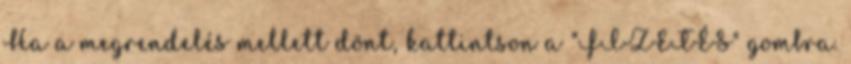
Ha a megrendelés mellett dönt, kattintson a "FIZETÉS" gombra.